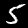
Digit: 5